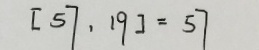
[ 5 7 , 1 9 ] = 5 7